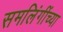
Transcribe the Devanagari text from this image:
समलिंगींच्या